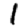
Digit: 1